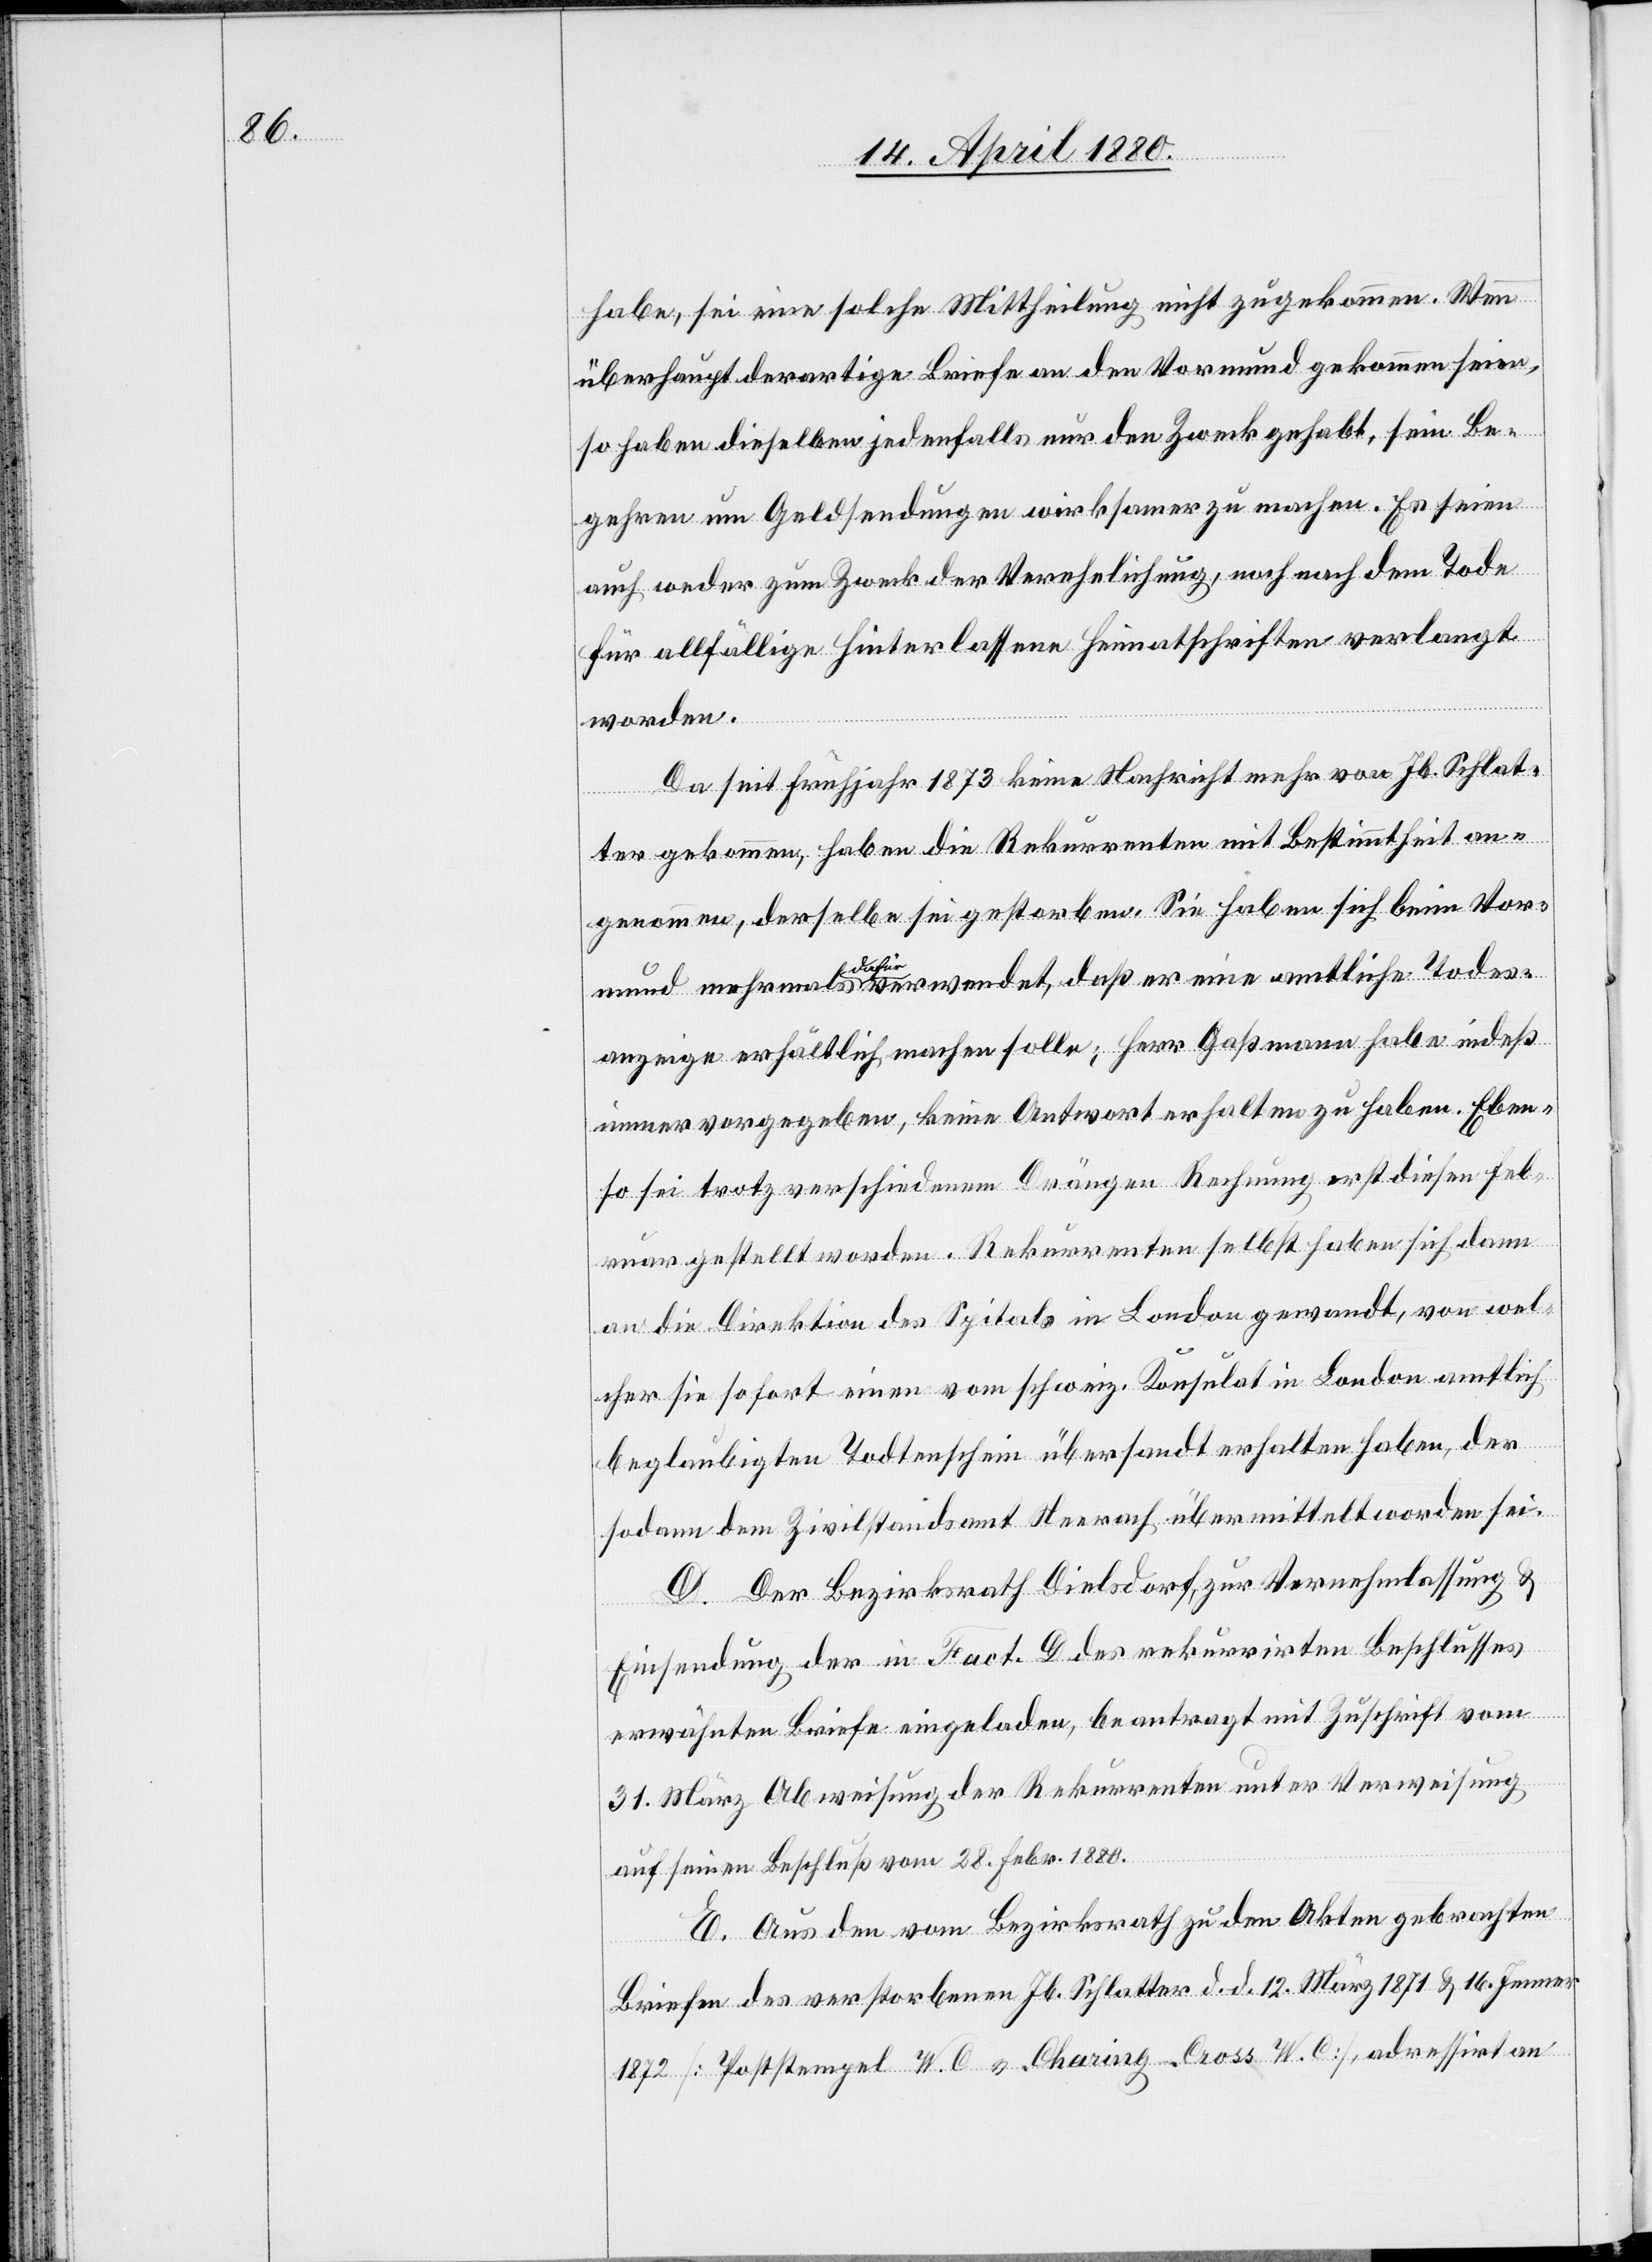
habe, sei eine solche Mittheilung nicht zugekommen. Wenn
überhaupt derartige Briefe an den Vormund gekommen seien,
so haben dieselben jedenfalls nur den Zweck gehabt, sein Be¬
gehren um Geldsendungen wirksamer zu machen. Es seien
auch weder zum Zweck der Verehelichung, noch nach dem Tode
für allfällige Hinterlassene Heimatscheine verlangt
worden.
Da seit Frühjahr 1873 keine Nachricht mehr von Jb. Schlat¬
ter gekommen, haben die Rekurrenten mit Bestimmtheit an¬
genommen, derselbe sei gestorben. Sie haben sich beim Vor¬
mund mehrmals a-dahin-a verwendet, daß er eine amtliche Todes¬
anzeige erhältlich machen solle; Herr Gaßmann habe indeß
immer vorgegeben, keine Antwort erhalten zu haben. Eben¬
so sei trotz verschiedenem Drängen Rechnung erst diesen Feb¬
ruar gestellt worden. Rekurrenten selbst haben sich dann
an die Direktion des Spitals in London gewandt, von wel¬
cher sie sofort einen vom schweiz. Konsulat in London amtlich
beglaubigten Todtenschein übersandt erhalten haben, der
sodann dem Zivilstandsamt Neerach übermittelt worden sei.
D. Der Bezirksrath Dielsdorf, zur Vernehmlassung &
Einsendung der in Fact. D des rekurrirten Beschlusses
erwähnten Briefe eingeladen, beantragt mit Zuschrift vom
31. März Abweisung der Rekurrenten unter Verweisung
auf seinen Beschluß vom 28. Febr. 1880.
E. Aus den vom Bezirksrath zu den Akten gebrachten
Briefen des verstorbenen Jb. Schlatter d. d. 12. März 1871 & 16. Jenner
1872 [Poststempel W. C. v. Charing-Cross W. C], adressirt an